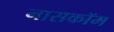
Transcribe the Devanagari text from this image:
नासकॉम